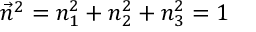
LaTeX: \vec { n } ^ { 2 } = n _ { 1 } ^ { 2 } + n _ { 2 } ^ { 2 } + n _ { 3 } ^ { 2 } = 1